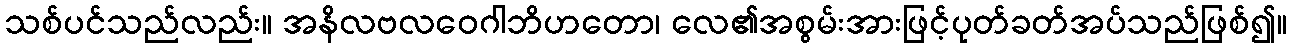
သစ်ပင်သည်လည်း။ အနိလဗလဝေဂါဘိဟတော၊ လေ၏အစွမ်းအားဖြင့်ပုတ်ခတ်အပ်သည်ဖြစ်၍။